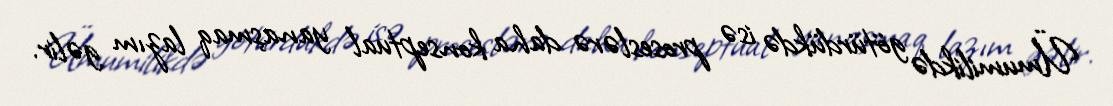
Ümumilikdə götürdükdə isə proseslərə daha konseptual yanaşmaq lazım gəlir.